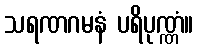
သရဏဂမနံ ပရိပုဏ္ဏံ။